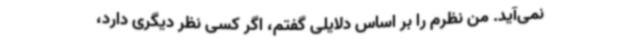
نمی‌آید. من نظرم را بر اساس دلایلی گفتم، اگر کسی نظر دیگری دارد،